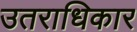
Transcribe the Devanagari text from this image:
उतराधिकार